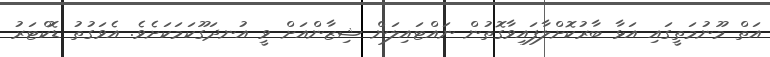
އަތް މޫނުމަތީގައި އަޅާ ބާރުކޮށްލާފައިވާގޮތުން ނައްޓައިލަން ޝިޒާންއަށް ވީ އުނދަގޫކަމަކަށެވެ. އެވަގުތު ޑޮކްޓަރު